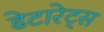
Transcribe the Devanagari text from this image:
डेटारेट्स